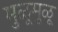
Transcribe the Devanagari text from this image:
मुळूमुळू